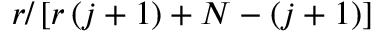
r / \left[ r \left( j + 1 \right) + N - \left( j + 1 \right) \right]